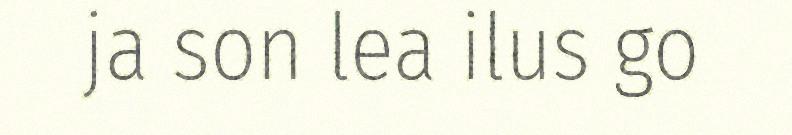
ja son lea ilus go